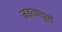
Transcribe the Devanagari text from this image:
जड़त्वाघूर्णों